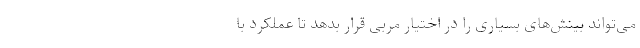
می‌تواند بینش‌های بسیاری را در اختیار مربی قرار بدهد تا عملکرد با